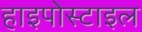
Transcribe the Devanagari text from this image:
हाइपोस्टाइल